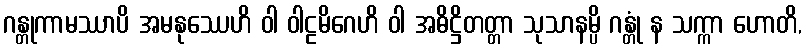
ဂန္တုကာမဿာပိ အမနုဿေဟိ ဝါ ဝါဠမိဂေဟိ ဝါ အဓိဋ္ဌိတတ္တာ သုသာနမ္ပိ ဂန္တုံ န သက္ကာ ဟောတိ,